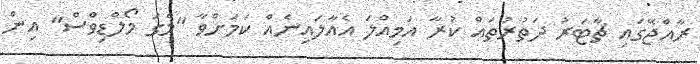
ރާއްޖޭގައި ޗާޓަރު ދަތުރުތައް ކުރާ އަމިއްލަ އެއާލައިނެއް ކަމަށްވާ "މެގަ މޯލްޑިވްސް" އިން